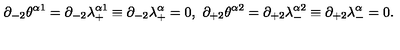
\partial _ { - 2 } \theta ^ { \alpha 1 } = \partial _ { - 2 } \lambda _ { + } ^ { \alpha 1 } \equiv \partial _ { - 2 } \lambda _ { + } ^ { \alpha } = 0 , \ \partial _ { + 2 } \theta ^ { \alpha 2 } = \partial _ { + 2 } \lambda _ { - } ^ { \alpha 2 } \equiv \partial _ { + 2 } \lambda _ { - } ^ { \alpha } = 0 .